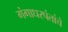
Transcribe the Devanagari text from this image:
गंगाधरपंतांचे